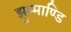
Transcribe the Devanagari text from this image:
झुम्माण्डि